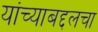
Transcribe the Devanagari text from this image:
यांच्याबद्दलचा